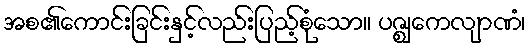
အစ၏ကောင်းခြင်းနှင့်လည်းပြည့်စုံသော။ ပဇ္ဈေကလျာဏံ၊